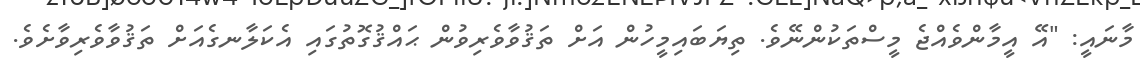
މާނައީ: "އޭ އީމާންވެއްޖެ މީސްތަކުންނޭވެ. ތިޔަބައިމީހުން އަށް ތަޤުވާވެރިވުން ޙައްޤުގޮތުގައި އެކަލާނގެއަށް ތަޤުވާވެރިވާށެވެ.